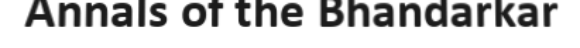
Annals of the Bhandarkar